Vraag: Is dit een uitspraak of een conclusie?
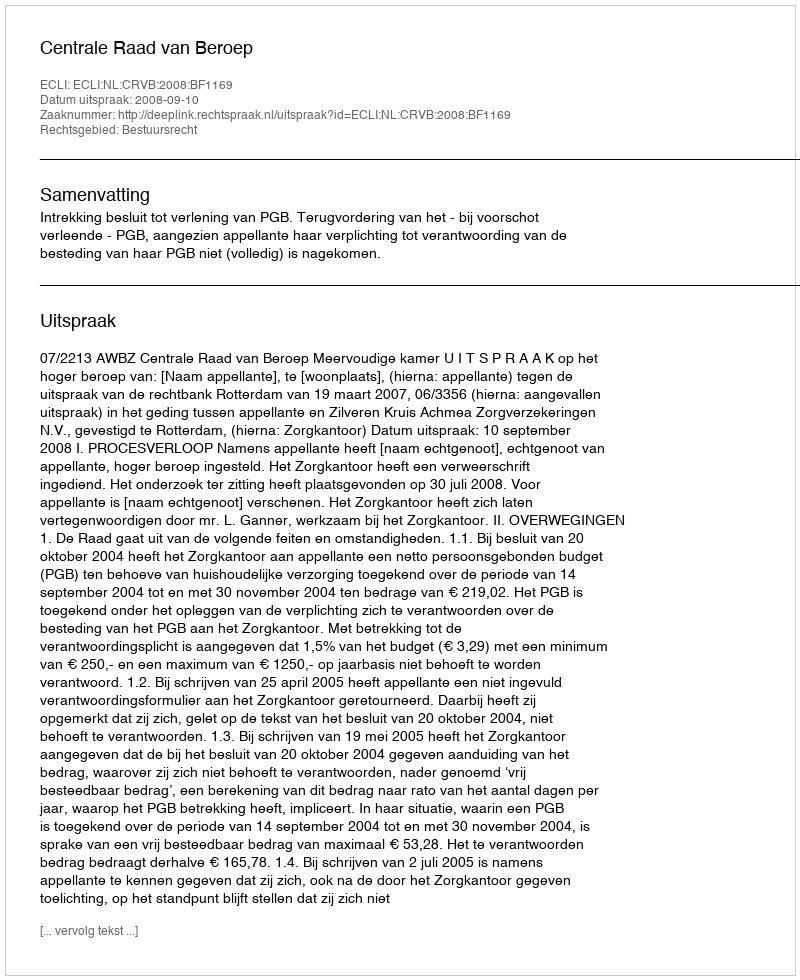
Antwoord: Uitspraak